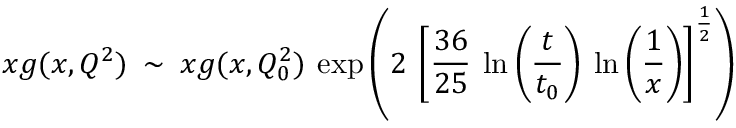
x g ( x , Q ^ { 2 } ) \: \sim \: x g ( x , Q _ { 0 } ^ { 2 } ) \: \exp \left( 2 \: \left[ \frac { 3 6 } { 2 5 } \: \ln \left( \frac { t } { t _ { 0 } } \right) \: \ln \left( \frac { 1 } { x } \right) \right] ^ { \frac { 1 } { 2 } } \right)